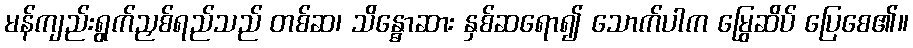
မန်ကျည်းရွက်ညှစ်ရည်သည် တစ်ဆ၊ သိန္ဓောဆား နှစ်ဆရော၍ သောက်ပါက မြွေဆိပ် ပြေစေ၏။